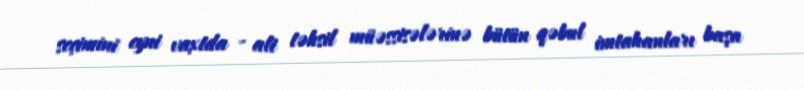
seçimini eyni vaxtda - ali təhsil müəssisələrinə bütün qəbul imtahanları başa